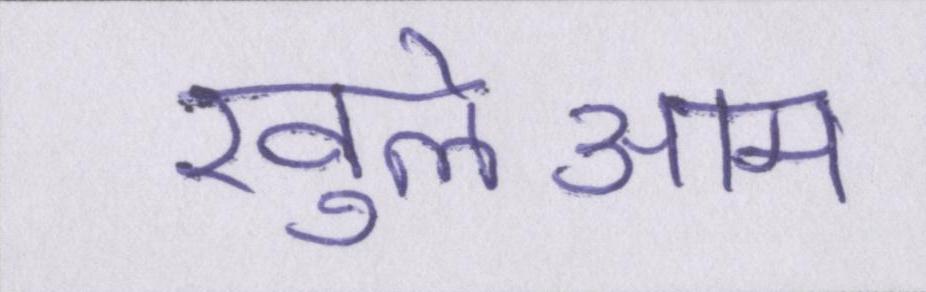
खुलेआम